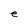
Character: e